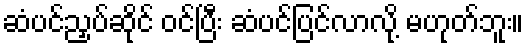
ဆံပင်ညှပ်ဆိုင် ဝင်ပြီး ဆံပင်ပြင်လာလို့ မဟုတ်ဘူး။